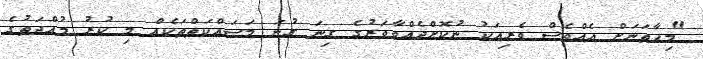
"މިހާތަނަށް އެއްވެސް ވެރިއަކު ނުކޮށްދެއްވާވަރުގެ ގިނަ ގުނަ މަސައްކަތްތަކެއް މި ކުރު މުއްދަތުގެ